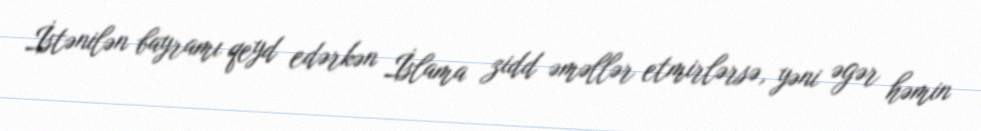
İstənilən bayramı qeyd edərkən İslama zidd əməllər etmirlərsə, yəni əgər həmin